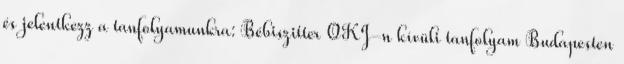
és jelentkezz a tanfolyamunkra: Bébiszitter OKJ-n kívüli tanfolyam Budapesten